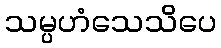
သမ္ပဟံသေသိပေ